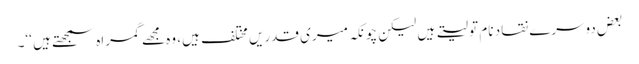
بعض دوسرے نقاد نام تو لیتے ہیں لیکن چونکہ میری قدریں مختلف ہیں، وہ مجھے گمراہ سمجھتے ہیں ‘‘۔